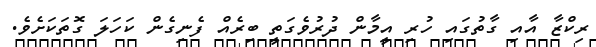
ރިކްޒާ އާއި ގާތުގައި ހުރި އީމާން ދުރުވެގަތީ ބިރެއް ފެނިގެން ކަހަލަ ގޮތަކަށެވެ.